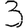
Digit: 3